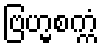
ဗြဟ္မစက္ကံ